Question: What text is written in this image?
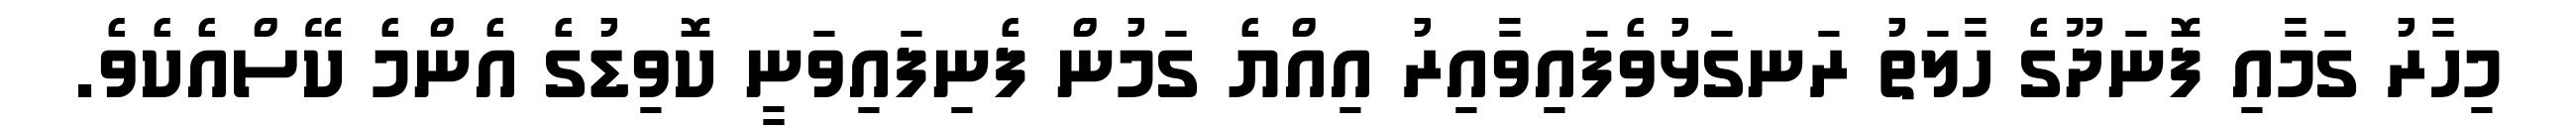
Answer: މިހާރު ގަމާއި ފޮނަދޫގެ ހާލަތު ރަނގަޅުވެފައިވާއިރު އިއްޔެ ގަމުން ފެނިފައިވަނީ ކޮވިޑުގެ އެންމެ ކޭސްއެކެވެ.